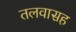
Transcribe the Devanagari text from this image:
तलवासह